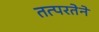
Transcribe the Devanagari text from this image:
तत्‍परतेने